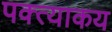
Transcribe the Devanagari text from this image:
पक्त्याकय